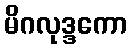
မိဂလုဒ္ဒကော